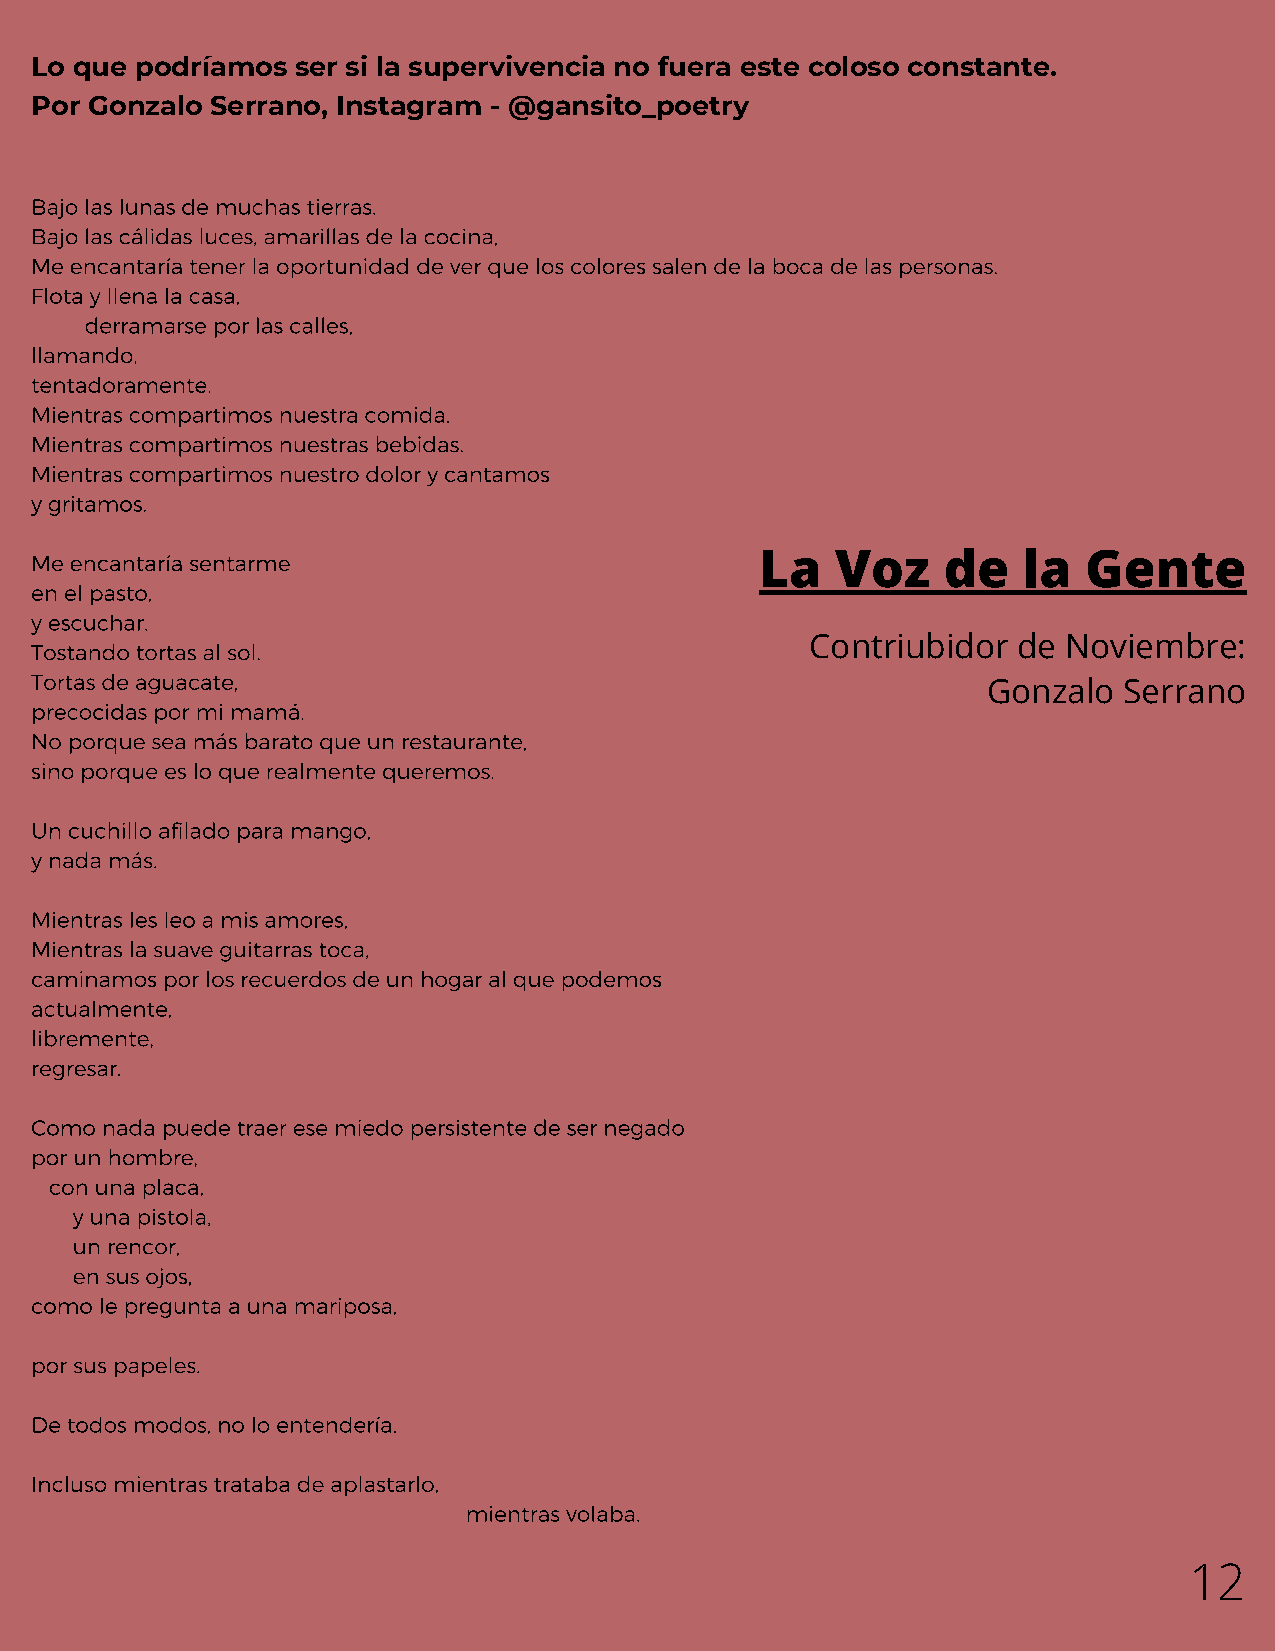
Lo que podríamos  ser si la supervivencia no fuera este coloso constante.
 Por Gonzalo Serrano, Instagram - @gansito_poetry
 Bajo las lunas de muchas tierras.
 Bajo las cálidas luces, amarillas de la cocina,
 Me encantaría tener la oportunidad de ver que los colores salen de la boca de las personas.
 Flota y llena la casa,
 derramarse por las calles,
 llamando,
 tentadoramente.
 Mientras compartimos nuestra comida.
 Mientras compartimos nuestras bebidas.
 Mientras compartimos nuestro dolor y cantamos
 y gritamos.
 Me encantaría sentarme                          La   Voz    de    la  Gente
 en el pasto,
 y escuchar.
 Tostando tortas al sol.                             Contriubidor de Noviembre:
 Tortas de aguacate,
 Gonzalo  Serrano
 precocidas por mi mamá.
 No porque sea más barato que un restaurante,
 sino porque es lo que realmente queremos.
 Un cuchillo afilado para mango,
 y nada más.
 Mientras les leo a mis amores,
 Mientras la suave guitarras toca,
 caminamos por los recuerdos de un hogar al que podemos
 actualmente,
 libremente,
 regresar.
 Como nada puede traer ese miedo persistente de ser negado
 por un hombre,
 con una placa,
 y una pistola,
 un rencor,
 en sus ojos,
 como le pregunta a una mariposa,
 por sus papeles.
 De todos modos, no lo entendería.
 Incluso mientras trataba de aplastarlo,
 mientras volaba.
 12